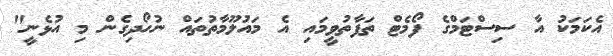
އެކަމަކު އާ ސިސްޓަމްގެ ފޯމެޓް ތަފާތުވީމައި އެ މައުލޫމާތުތައް ނުހޯދިގެން މި އުޅެނީ"